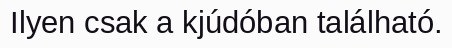
Ilyen csak a kjúdóban található.